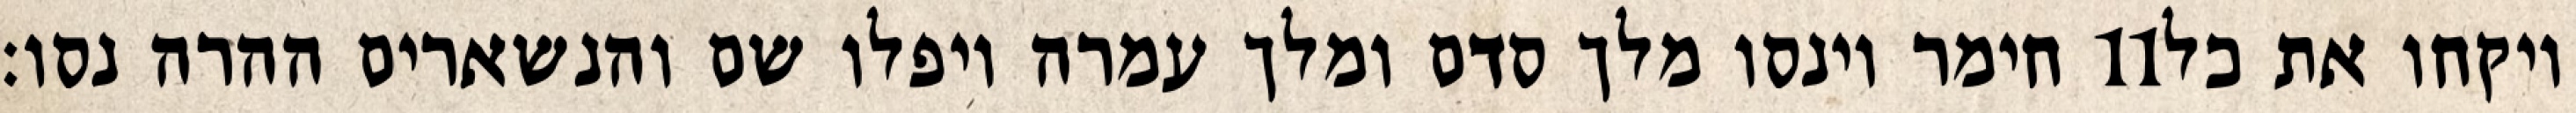
חימר וינסו מלך סדם ומלך עמרה ויפלו שם והנשארים ההרה נסו׃ ‎11‏ ויקחו את כל